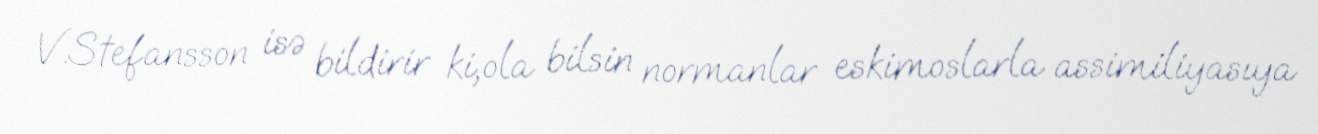
V.Stefansson isə bildirir ki,ola bilsin normanlar eskimoslarla assimiliyasıya